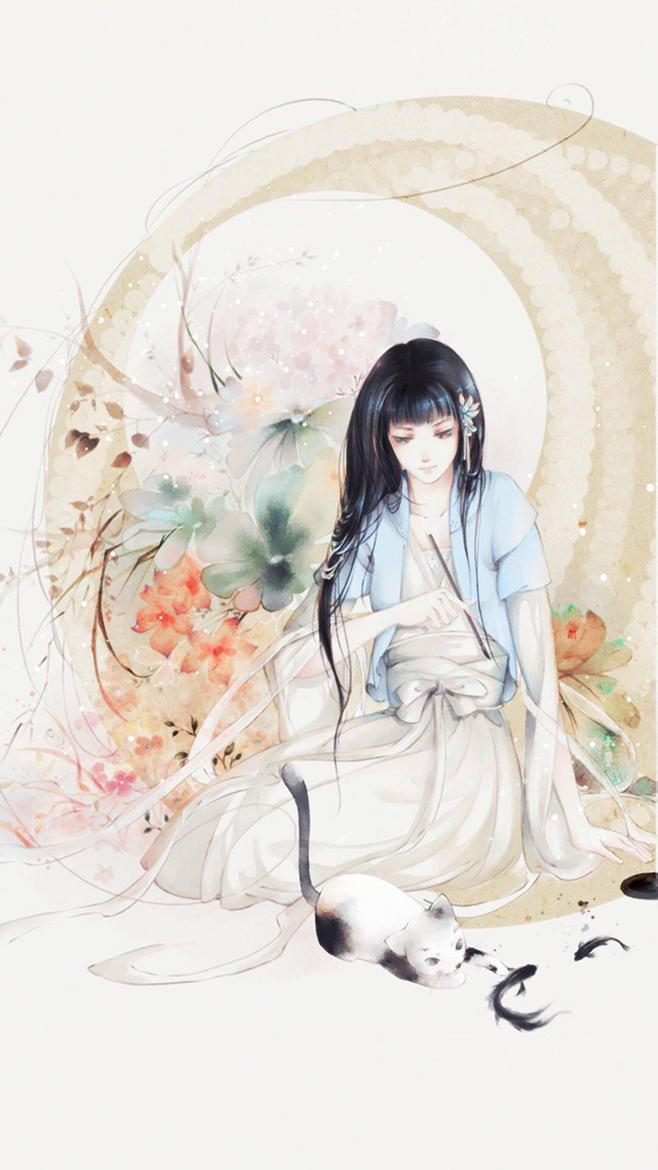
雨窗和泪摇湘管。意长笺短。